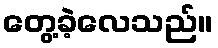
တွေ့ခဲ့လေသည်။